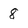
Character: 8